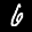
Label: 6